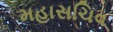
મહાસચિવ